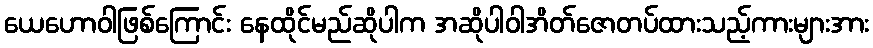
ယေဟောဝါဖြစ်ကြောင်း နေထိုင်မည်ဆိုပါက အဆိုပါဝါအိတ်ဇောတပ်ထားသည့်ကားများအား